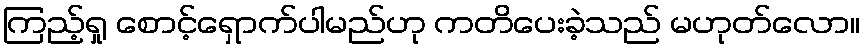
ကြည့်ရှု စောင့်ရှောက်ပါမည်ဟု ကတိပေးခဲ့သည် မဟုတ်လော။